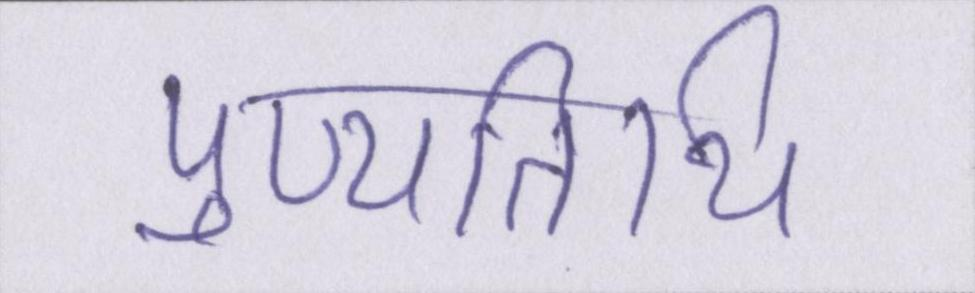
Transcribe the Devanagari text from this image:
पुण्यतिथि